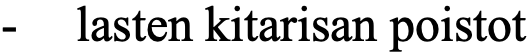
-  lasten kitarisan poistot